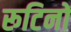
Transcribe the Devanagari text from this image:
रूटिनों